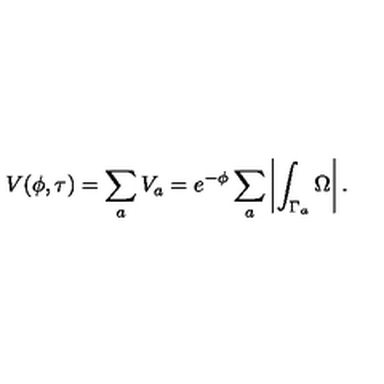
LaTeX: V ( \phi , \tau ) = \sum _ { a } V _ { a } = e ^ { - \phi } \sum _ { a } \left| \int _ { \Gamma _ { a } } \Omega \right| .